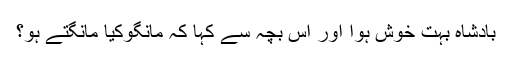
بادشاہ بہت خوش ہوا اور اس بچہ سے کہا کہ مانگوکیا مانگتے ہو؟